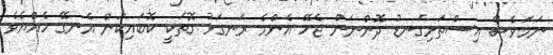
ނަމަވެސް އިސްތަށިގަނޑު ދޮންނަން ޖެހޭ އެންމެ ރަނގަޅު ގޮތަކީ ކޮބައިކަން އެނގޭ ހެއްޔެވެ